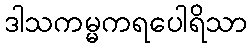
ဒါသကမ္မကရပေါရိသာ